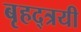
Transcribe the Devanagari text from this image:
बृहद्त्रयी